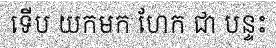
ទើប យកមក ហែក ជា បន្ទះ